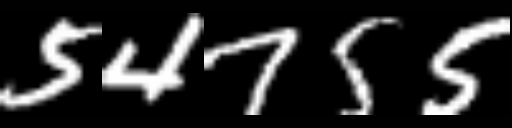
Text: 54755